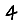
Digit: 4